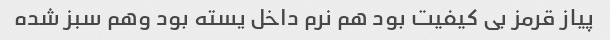
پیاز قرمز بی کیفیت بود هم نرم داخل یسته بود وهم سبز شده